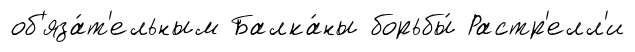
об'яза́т'ельным Балка́ны борьбы́ Растр'елл'и